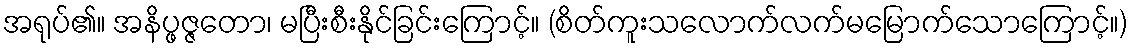
အရုပ်၏။ အနိပ္ဖဇ္ဇတော၊ မပြီးစီးနိုင်ခြင်းကြောင့်။ (စိတ်ကူးသလောက်လက်မမြောက်သောကြောင့်။)